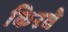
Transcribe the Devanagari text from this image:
किरवे